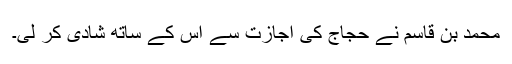
محمد بن قاسم نے حجاج کی اجازت سے اس کے ساتھ شادی کر لی۔